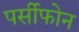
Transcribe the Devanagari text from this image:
पर्सीफोन